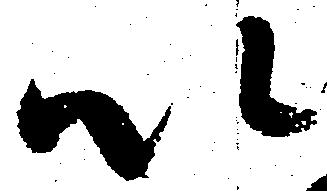
以